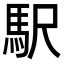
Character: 駅